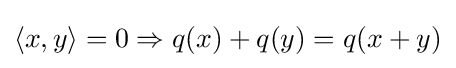
\langle x,y\rangle =0\Rightarrow q(x)+q(y)=q(x+y)